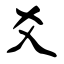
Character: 爻